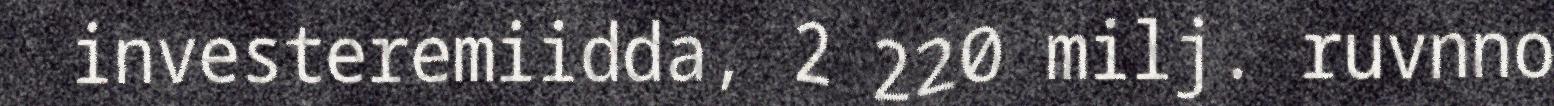
investeremiidda, 2 220 milj. ruvnno